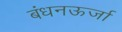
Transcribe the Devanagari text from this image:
बंधनऊर्जा